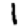
Digit: 1